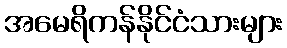
အမေရိကန်နိုင်ငံသားများ